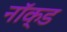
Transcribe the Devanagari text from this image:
नॉक्ड